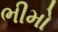
ભીમો